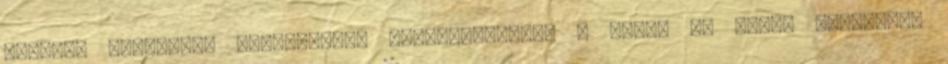
légzési panaszok, orrdugulás, szívproblémák, a karok és lábak fájdalma,